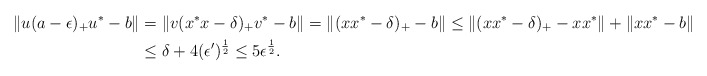
\begin{align*}\|u(a-\epsilon)_+u^*-b\|&=\|v(x^*x-\delta)_+v^*-b\|=\|(xx^*-\delta)_+-b\|\le \|(xx^*-\delta)_+-xx^*\|+\|xx^*-b\|\\&\le \delta+4(\epsilon')^\frac{1}{2}\le 5\epsilon^\frac{1}{2}.\end{align*}